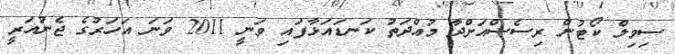
ސިވިލް ކޯޓުން ރިސެސްއަށްދާ މުއްދަތު ކަނޑައަޅާފައި ވަނީ 2011 ވަނަ އަހަރުގެ ޖެނުއަރީ